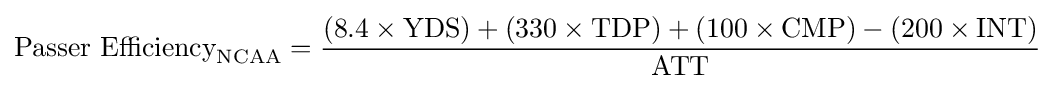
{\text{Passer Efficiency}}_{\text{NCAA}}={(8.4\times {\text{YDS}})+(330\times {\text{TDP}})+(100\times {\text{CMP}})-(200\times {\text{INT}}) \over {\text{ATT}}}